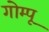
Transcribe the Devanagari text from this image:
गोम्‍पू